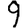
Digit: 9